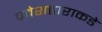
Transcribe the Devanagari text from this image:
प्रवेशद्वाराकडे